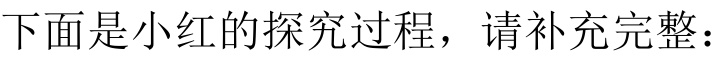
下面是小红的探究过程，请补充完整：